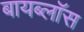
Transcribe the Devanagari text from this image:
बायब्लॉस